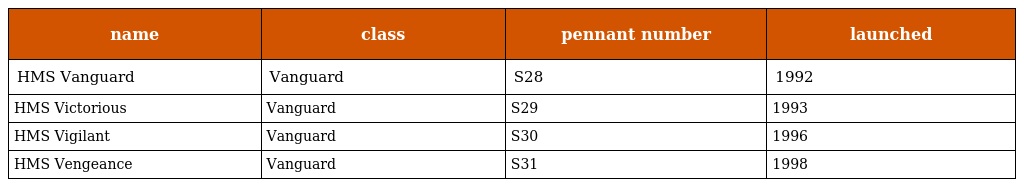
| name | class | pennant number | launched |
 | --- | --- | --- | --- |
 | HMS Vanguard | Vanguard | S28 | 1992 |
 | HMS Victorious | Vanguard | S29 | 1993 |
 | HMS Vigilant | Vanguard | S30 | 1996 |
 | HMS Vengeance | Vanguard | S31 | 1998 |